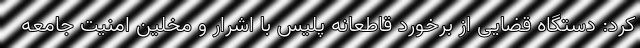
کرد: دستگاه قضایی از برخورد قاطعانه پلیس با اشرار و مخلین امنیت جامعه